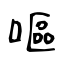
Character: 嘔